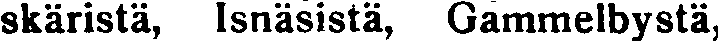
skäristä, Isnäsistä, Gammelbystä,